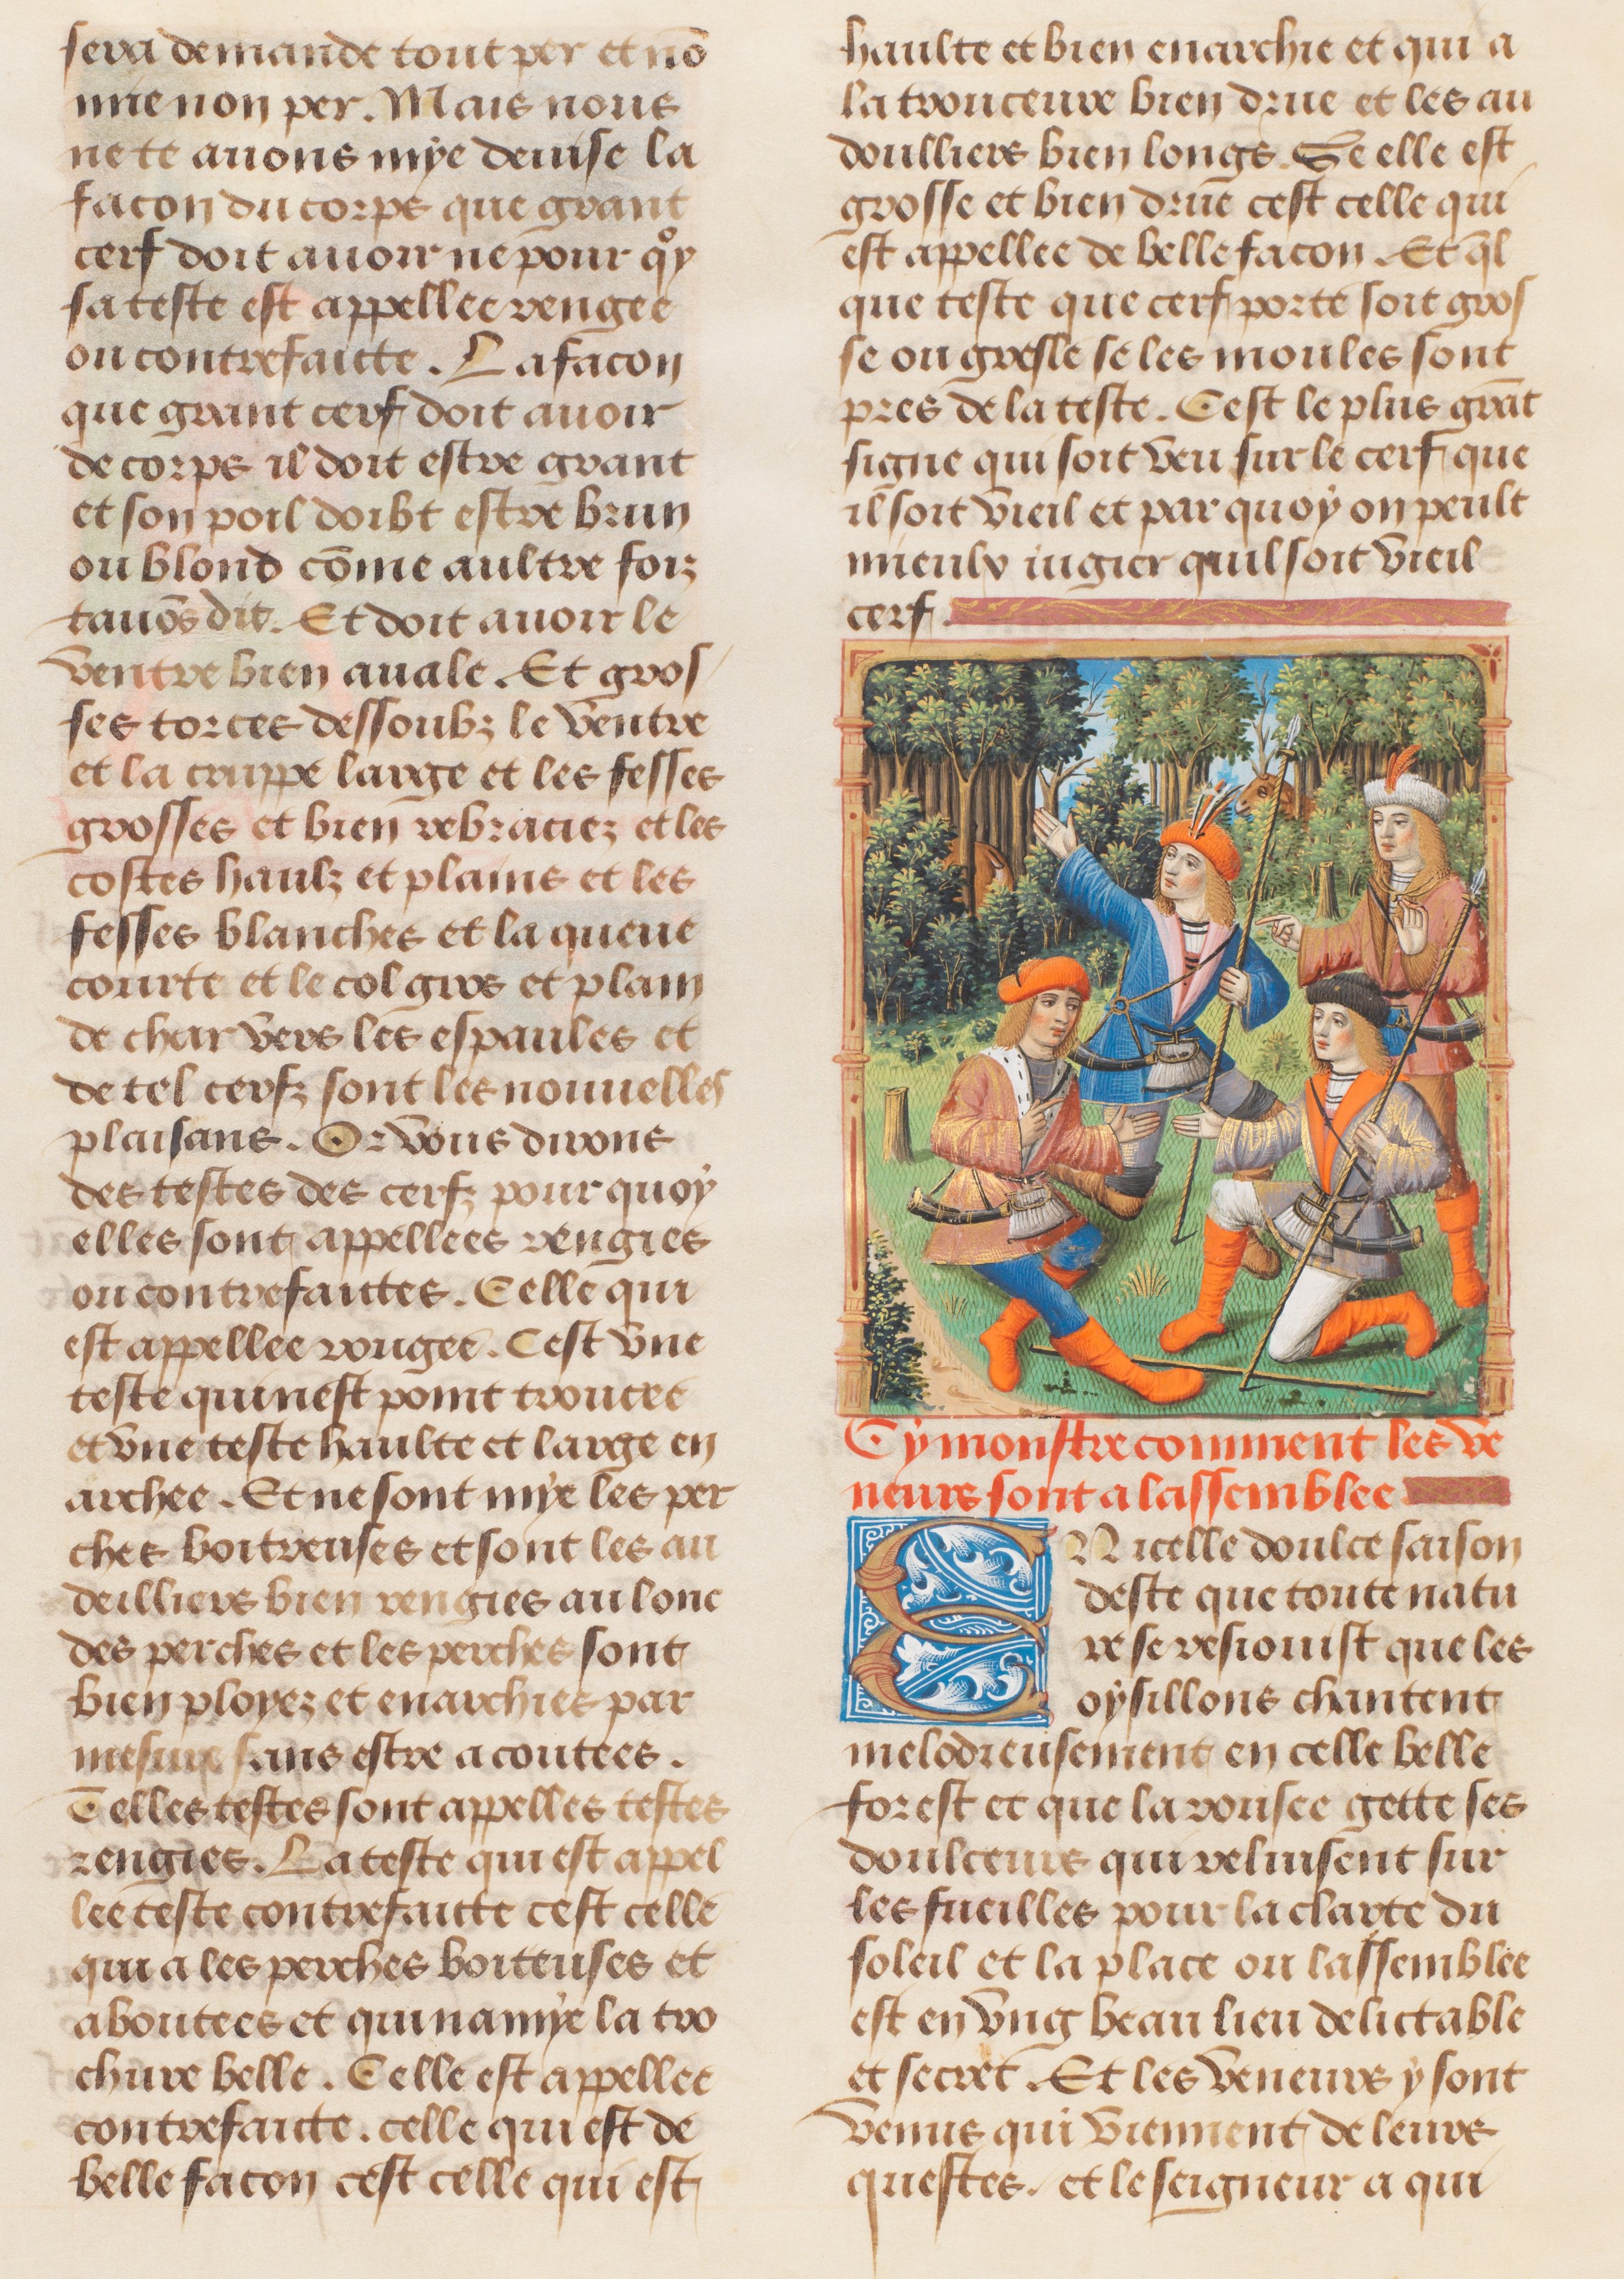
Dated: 1491–1498